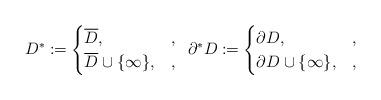
LaTeX: \begin{align*}D^*\coloneqq\begin{cases}\overline{D},&,\\\overline{D}\cup\{\infty\},&,\end{cases}\enskip \partial^* D\coloneqq\begin{cases}\partial{D},&,\\\partial{D}\cup\{\infty\},&,\end{cases}\end{align*}